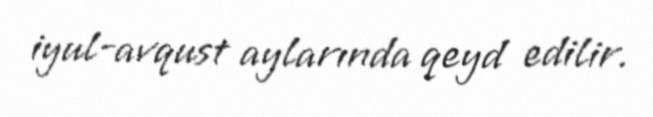
iyul-avqust aylarında qeyd edilir.